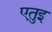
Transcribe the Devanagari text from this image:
एतुइ